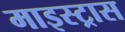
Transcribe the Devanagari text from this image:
माइस्ट्रास